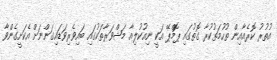
އުތުރު ކޮރެއާއިން ތުހުމަތުކުރާ ގޮތުގައި ޕޮމްޕޭ އަކީ ނިއުކުލިއާ މަޝްވަރާތަކުގައި ބައިވެރިވަޑައިގަންނަށް އެކަށީގެންވާ